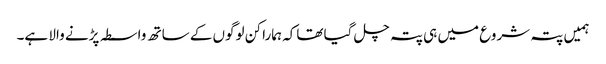
ہمیں پتہ شروع میں ہی پتہ چل گیا تھاکہ ہمارا کن لوگوں کے ساتھ واسطہ پڑنے والا ہے۔